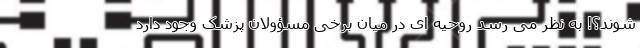
شوند؟! به نظر می رسد روحیه ای در میان برخی مسؤولان پزشک وجود دارد